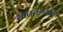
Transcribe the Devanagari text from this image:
साठवण्यास